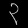
Digit: ၃